Punjab Mental Hospital Lahore 1922-31 - 1922-1931
Year: 1922
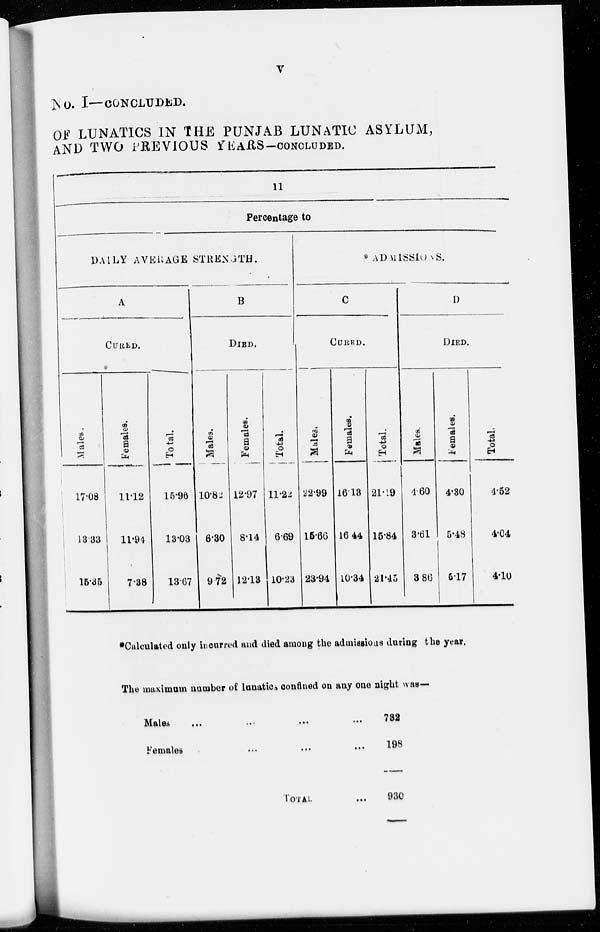
v
No. I—CONCLUDED.
OF LUNATICS IN THE PUNJAB LUNATIC ASYLUM,
AND TWO PREVIOUS YEARS-CONCLUDED.
11
Percentage to
DAILY AVERAGE STRENGTH.
A
CURED.
Males.
17.08
13.33
15.35
Females.
11.12
11.94
7.38
Total.
15.96
13.03
13.67
B
DIED.
Males.
10.82
6.30
9.72
Females.
12.97
8.14
12.13
Total.
11.22
6.69
10.23
* ADMISSIONS.
C
CURED.
Males.
22.99
15.66
23.94
Females.
16.13
16.44
10.34
Total.
21.19
15.84
21.45
D
DIED.
Males.
4.60
3.61
3.86
Females.
4.30
5.48
5.17
Total.
4.52
4.04
4.10
*Calculated only incurred and died among the admissions during the year.
The maximum number of lunatics confined on any one night was—
Males
...
....
...
...
Females
...
....
...
...
TOTAL ...
732
198
930